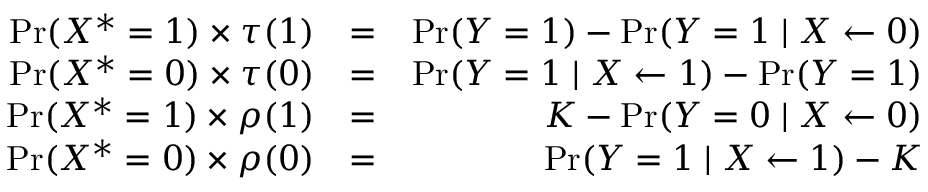
\begin{array} { r l r } { { \operatorname* { P r } ( X ^ { * } = 1 ) } \times \tau ( 1 ) } & { = } & { { \operatorname* { P r } ( Y = 1 ) - \operatorname* { P r } ( Y = 1 \mid X \leftarrow 0 ) } } \\ { { \operatorname* { P r } ( X ^ { * } = 0 ) } \times \tau ( 0 ) } & { = } & { { \operatorname* { P r } ( Y = 1 \mid X \leftarrow 1 ) - \operatorname* { P r } ( Y = 1 ) } } \\ { { \operatorname* { P r } ( X ^ { * } = 1 ) } \times \rho ( 1 ) } & { = } & { K - \operatorname* { P r } ( Y = 0 \mid X \leftarrow 0 ) } \\ { { \operatorname* { P r } ( X ^ { * } = 0 ) } \times \rho ( 0 ) } & { = } & { \operatorname* { P r } ( Y = 1 \mid X \leftarrow 1 ) - K } \end{array}